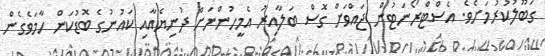
ގަބޫލުކުރުމަށެވެ. އެސްޓްރޯނަޓުން ޖައްވަށް ގޮސް ބަލާއިރު އެމީހުންނަށް ދުނިޔެއާއި ކައުނުގެ ބޮޑުކަން ހާމަވެގެން